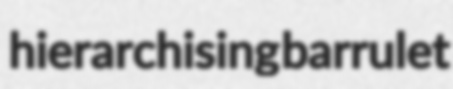
hierarchising barrulet